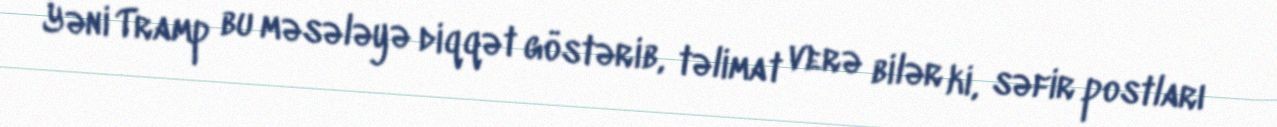
Yəni Tramp bu məsələyə diqqət göstərib, təlimat verə bilər ki, səfir postları